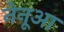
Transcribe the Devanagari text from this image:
नेनूआ